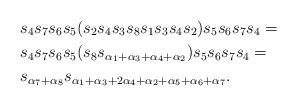
LaTeX: \begin{align*} & s_4 s_7 s_6 s_5 (s_2 s_4 s_3 s_8 s_1 s_3 s_4 s_2 )s_5 s_6 s_7 s_4 = \\ & s_4 s_7 s_6 s_5 (s_8s_{\alpha_1 + \alpha_3 + \alpha_4 + \alpha_2})s_5 s_6 s_7 s_4 = \\ & s_{\alpha_7+\alpha_8} s_{\alpha_1 + \alpha_3 + 2\alpha_4 + \alpha_2 + \alpha_5 + \alpha_6 + \alpha_7}. \\ \end{align*}